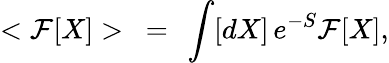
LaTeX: <{\cal F}[X]>\ =\ \int[dX]\, e^{-S}{\cal F}[X],